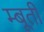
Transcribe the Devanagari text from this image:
म्बूती